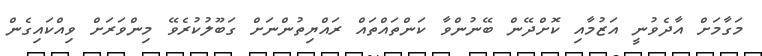
މަގާމަށް އާދެވުނީ އަޒުމާއި ކޮށްދޭން ބޭނުންވާ ކަންތައްތައް ރައްޔިތުންނަށް ގަބޫލުކުރެވޭ މިންވަރަށް ވިއްކައިގެން